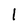
Character: l